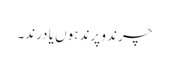
چرند و پرند ہوں یا درند۔